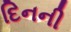
દિનની